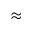
\approx